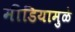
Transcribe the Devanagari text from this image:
मीडियामुळे